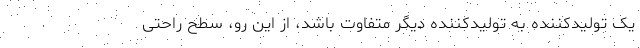
یک تولیدکننده به تولیدکننده دیگر متفاوت باشد، از این رو، سطح راحتی